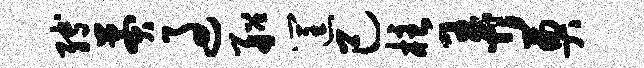
缚莽过船筐己柱弄奠